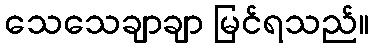
သေသေချာချာ မြင်ရသည်။